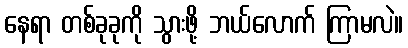
နေရာ တစ်ခုခုကို သွားဖို့ ဘယ်လောက် ကြာမလဲ။